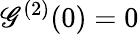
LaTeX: \mathscr{G}^{(2)}(0)=0